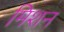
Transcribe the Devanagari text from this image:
मिशन